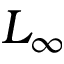
L _ { \infty }